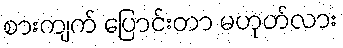
စားကျက် ပြောင်းတာ မဟုတ်လား